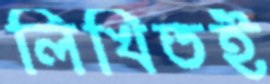
লিখিতই